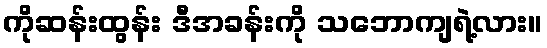
ကိုဆန်းထွန်း ဒီအခန်းကို သဘောကျရဲ့လား။